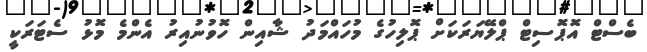
ބެސްޓް އޮޕޮސިޓް ޕްލޭޔަރަކަށް ޕޮލިހުގެ މުހައްމަދު ޝާއިން ހޮވުނުއިރު އެންމެ މޮޅު ސެޓަރަކީ